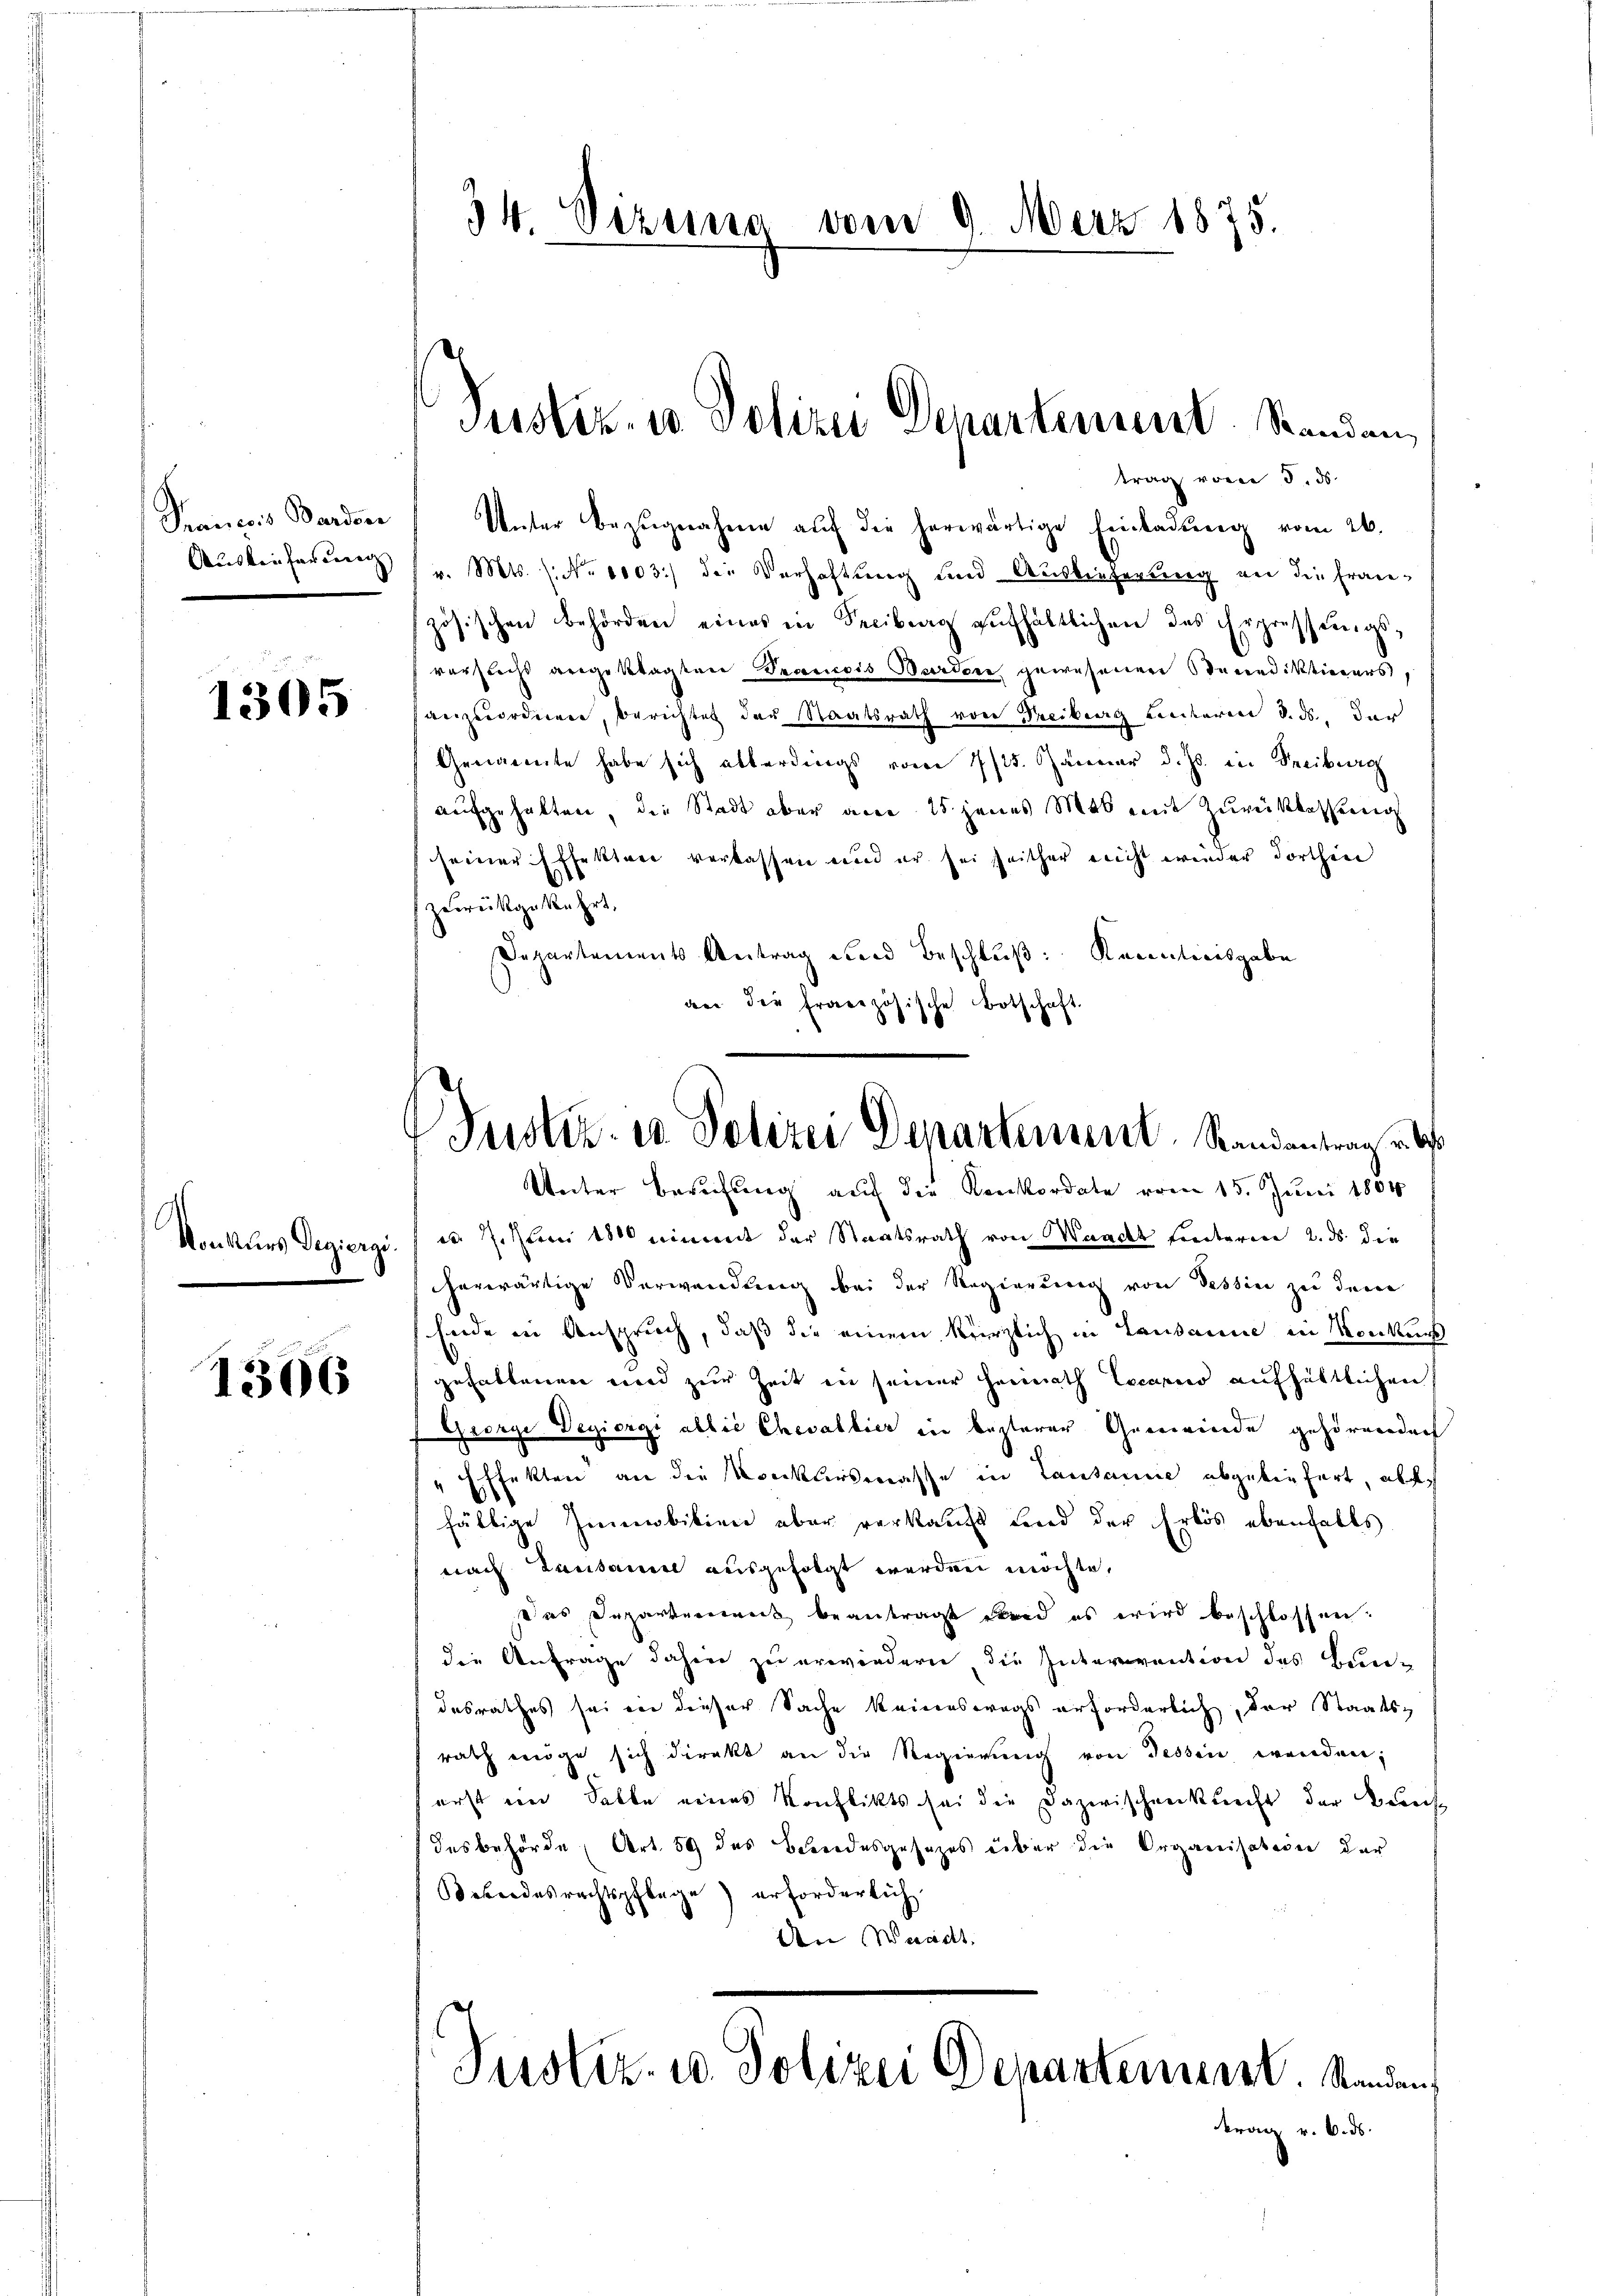
Prancis Bardsee
Auskeiferung

1305

Konkurs Regiergi.

1366

34 Sizina vom 9. März 1875.

Unter Bezŭgnahme aŭf die herwärtige Einladung vom 26.
v. Mts. 1. No 1003.) die Verhaftung und Auslieferung an die Französischen Behörden eines in Secibung aufhältlichen das Erpressungsvorstecht angeklagten Drancois Borden gewesenen Stanediktieners,
anzuordnen, Berichtet der Staatsrath von Freiberg Landeren d. ds., der
Genannte habe sich allerdings vom 7/25. Januar d. Js. in Freiburg
aufgehalten, die Stadt aber anne 15 jenes Mal mit Zureiklassung
seiner Effekten verlassen und er sei seither nicht wieder dorthin
zurückgekehrt,
Departements Antrag und Beschluß: Kenntnisgabe
den die französische Botschaf

Pustiz- u Polizei Departement Standan
trag vom 5. ds.

Justiz- u. Polizei Departement, Randantrag u. bes
Unter Berufung auf die Konkordate vom 15. Juni 1804

7. Stern 1860 einvent der Staatsrath von Waadt hinteren 2. ds. die
herwärtige Verwendung bei der Regierung von Tessin zu dem
Ende in Anspruch, daß die einem kürzlich in Landamne in Konkurs
gefallenen und zur Zeit in seiner Heimath Locario aufhältlichen
George Degiergi allis Chevalbier in besterer Gemeinde gehörenden
Effekten an die Konklinsmasse in Lausanne abgebenfert, absch
fällige Immobilien aber verkauft und der Erlös ebenfalls
nach Lausame ausgefolgt werden möchte,
das Departerweck beantragt werd es wird beschlossen:
die Anfrage dahin zu erwiedern, die Intervention des Bunde
desrathes sei in dieser Sache keineswegs erforderlich, der Staats-
rath möge sich direkt an die Regierŭng von Tessine wenden;
erst im Salbe eines Konflikts sei die Dazwischenkunft der Berech
desbehörde (Art. 59 des Bundesgesetzes über die Organisation der
Besondesrechtspflege erforderlich
An Waadt.

Justiz- u. Polizei Departement. Standen

trag v. 6. ds.